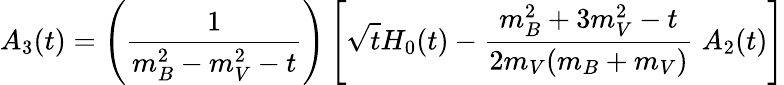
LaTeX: A_{3}(t)=\left(\frac{1}{m_{B}^{2}-m_{V}^{2}-t}\right)\left[\sqrt{t}H_{0}(t)-\frac{m_{B}^{2}+3m_{V}^{2}-t}{2m_{V}(m_{B}+m_{V})}\; A_{2}(t)\right]